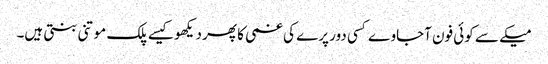
میکے سے کوئی فون آجاوے کسی دور پرے کی غمی کا پھر دیکھو کیسے پلک موتنی بنتی ہیں۔